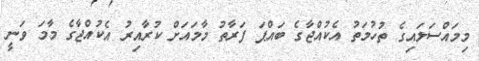
މިމައްސަލައިގެ ތުހުމަތު އެކުއްޖާގެ ބައްޕަ ފަރާތު މާމައަށް ކުރާއިރު އެކުއްޖާގެ މާމަ ވަނީ